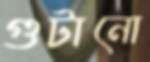
গুটানো